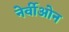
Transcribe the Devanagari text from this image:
नेर्वीओन